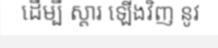
ដើម្បី ស្តារ ឡើងវិញ នូវ